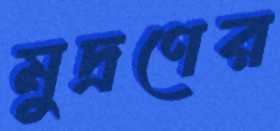
মুদ্রণের